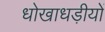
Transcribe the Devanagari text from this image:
धोखाधड़ीयों